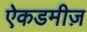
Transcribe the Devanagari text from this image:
ऐकडमीज़